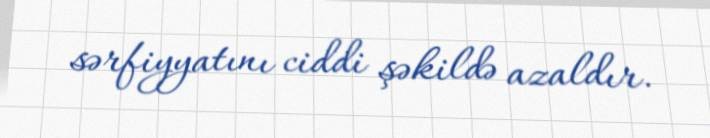
sərfiyyatını ciddi şəkildə azaldır.